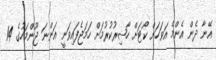
އޭނާ ދެން އެންމެ އަވަހަށް ކޯޓަށް ހާޟިރުކުރުމަށް ހަމަޖެފައިވަނީ އަންނަ ޖޫންމަހުގެ 14